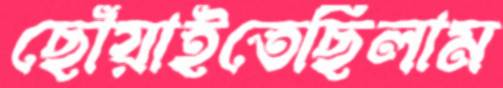
ছোঁয়াইতেছিলাম